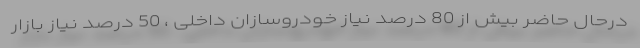
درحال حاضر بیش از 80 درصد نیاز خودروسازان داخلی ، 50 درصد نیاز بازار